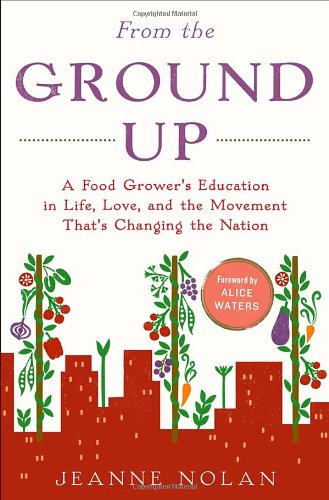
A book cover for From the Ground Up: A Food Grower's Education in Life, Love, and the Movement That's Changing the Nation; Jeanne Nolan; Science & Math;